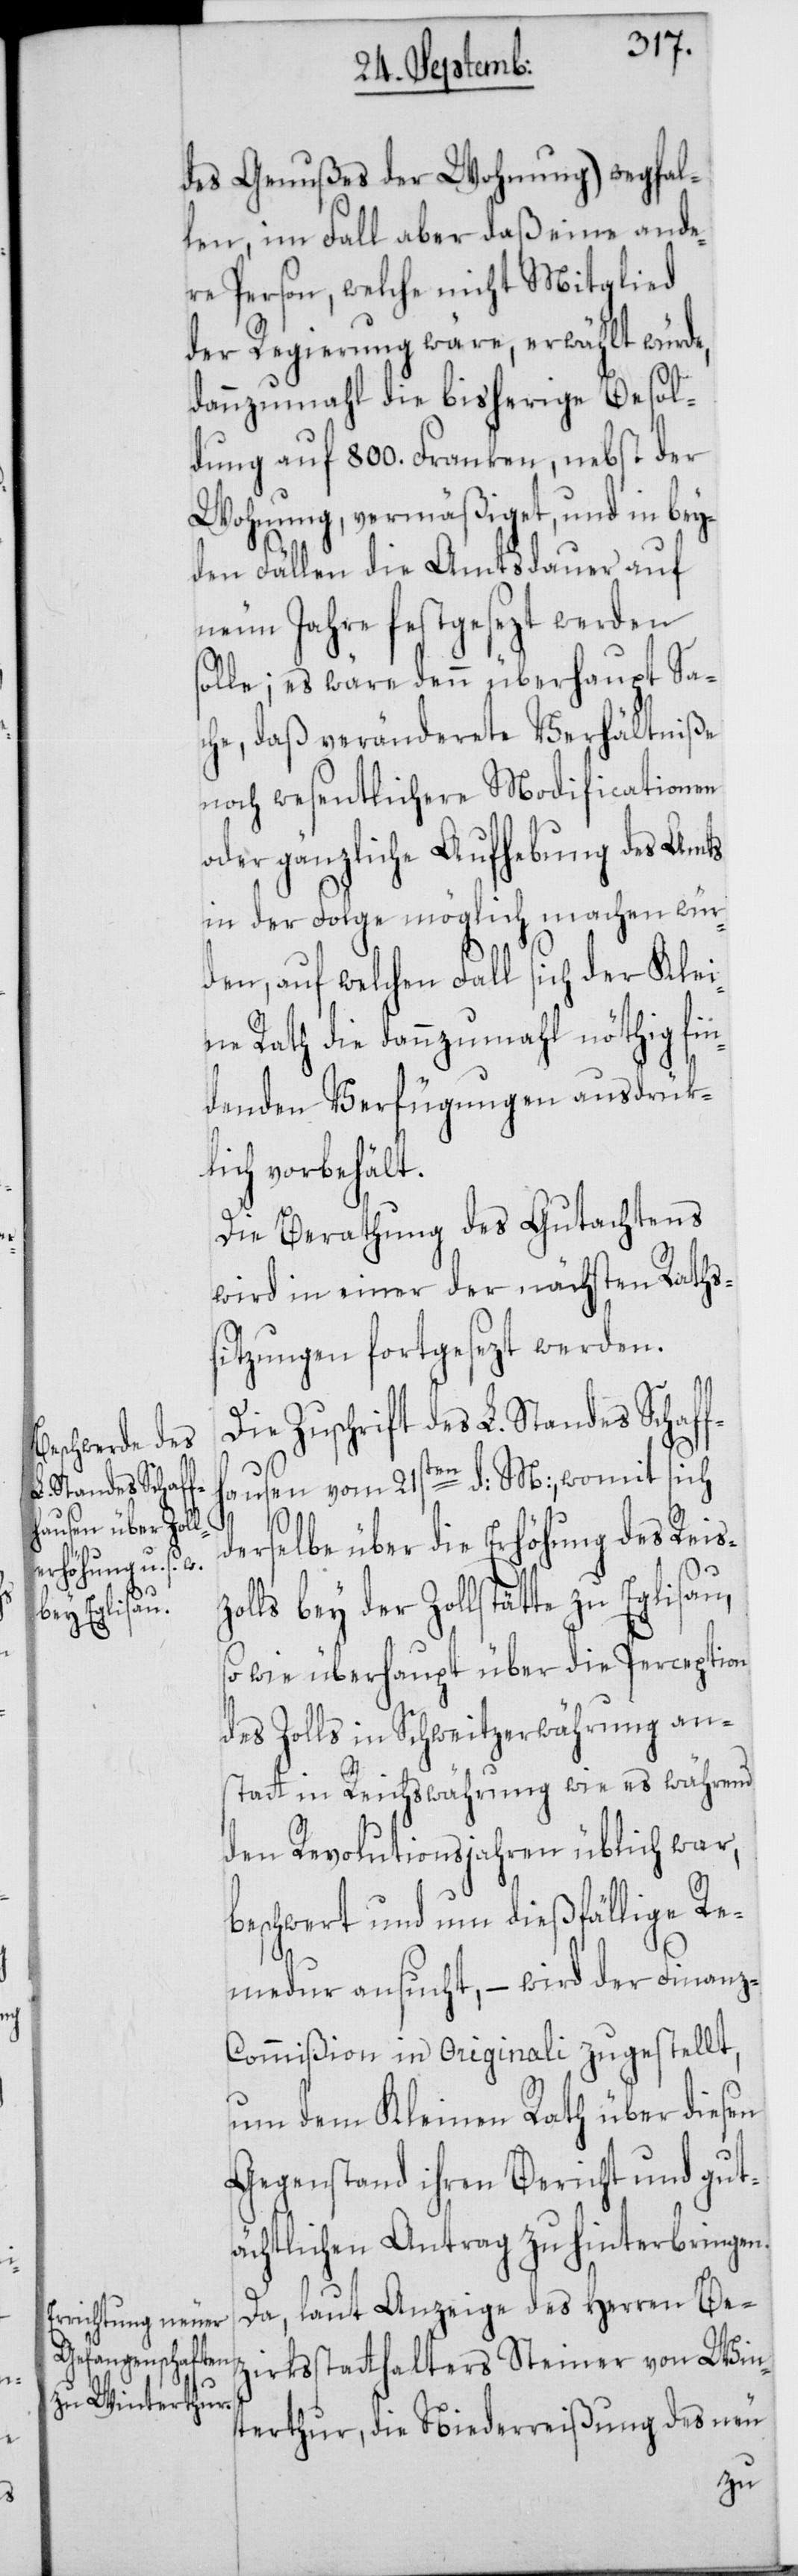
des Genußes der Wohnung) wegfal¬
len, im Fall aber daß eine ande¬
re Person, welche nicht Mitglied
der Regierung wäre, erwählt würde,
dannzumahl die bisherige Besol¬
dung auf 800. Franken, nebst der
Wohnung, vermäßiget und in bey¬
den Fällen die Amtsdauer auf
neun Jahre festgesezt werden
solle; es wäre denn überhaupt Sa¬
che, daß veränderete Verhältniße
noch wesentlichere Modificationen
oder gänzliche Aufhebung des Amts
in der Folge möglich machen wür¬
den, auf welchen Fall sich der Klei¬
ne Rath die dannzumahl nöthig fin¬
denden Verfügungen ausdrük¬
lich vorbehält.
Die Berathung des Gutachtens
wird in einer der nächsten Raths¬
sitzungen fortgesezt werden.
Die Zuschrift des L. Standes Schaff¬
hausen vom 21sten d: M:, womit sich
derselbe über die Erhöhung des Reisz¬
olls bey der Zollstätte zu Eglisau,
so wie überhaupt über die Perception
des Zolls in Schweitzerwährung an¬
statt in Reichswährung wie es während
den Revolutionsjahren üblich war,
beschwert, und um dießfällige Re¬
medur ansucht, – wird der Finan¬
z-Commißion in originali zugestellt,
um dem Kleinen Rath über diesen
Gegenstand ihren Bericht und gut¬
ächtlichen Antrag zu hinterbringen.
Da, laut Anzeige des Herren Be¬
zirksstatthalters Steiner von Win¬
terthur, die Niederreißung des neu